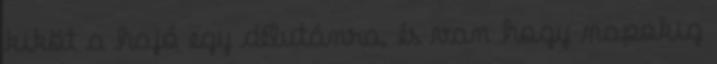
kiköt a hajó egy délutánra, és van hogy napokig